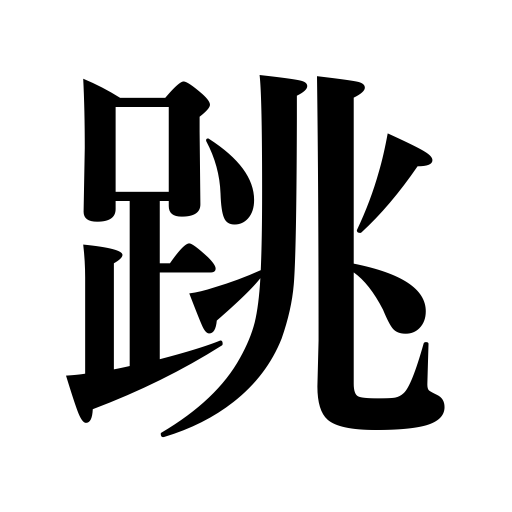
Meanings: bound,sputter,spatter,close,crack,be over,jump,splash,hop,prance,snap,buck,spring,leap,vault,spring up,jerk